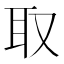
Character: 取